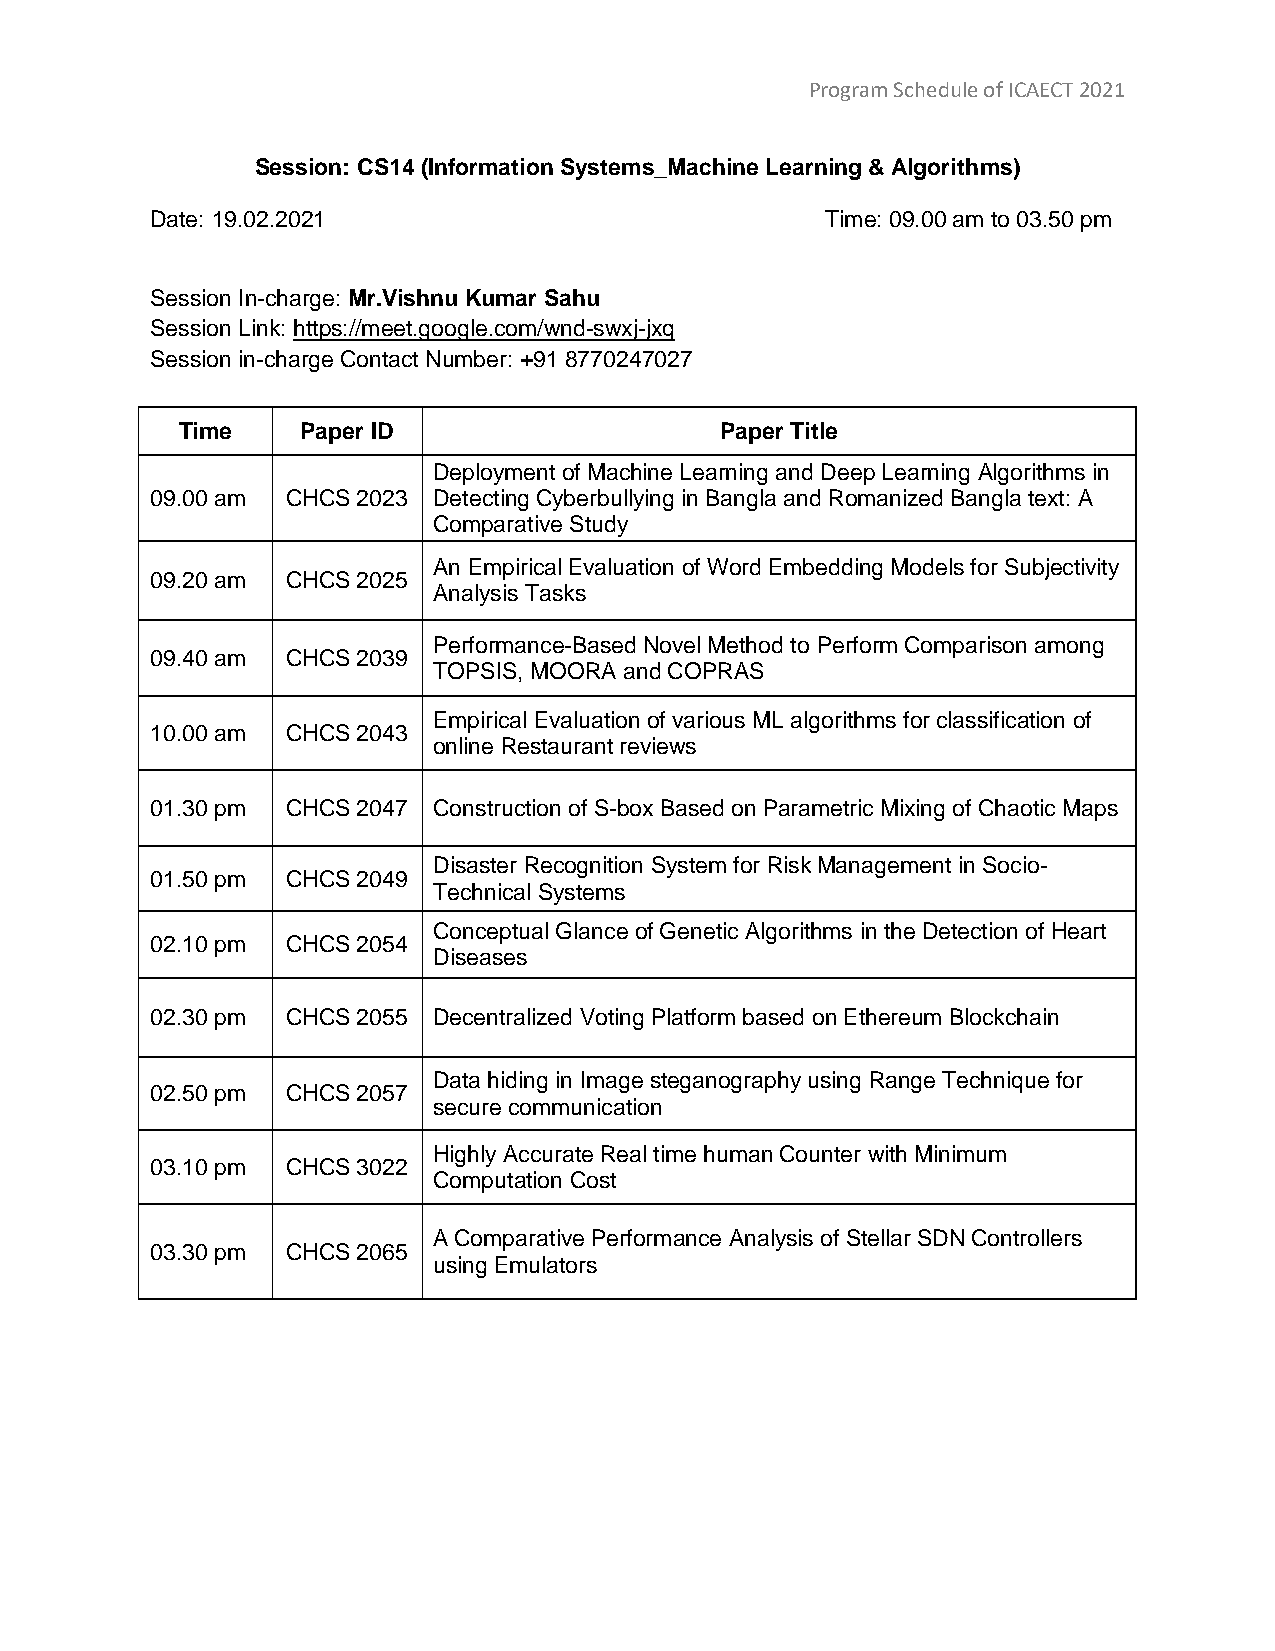
Program Schedule of ICAECT 2021
 Session: CS14 (Information Systems_Machine Learning & Algorithms)
 Date: 19.02.2021                             Time: 09.00 am to 03.50 pm
 Session In-charge: Mr.Vishnu Kumar Sahu
 Session Link: https://meet.google.com/wnd-swxj-jxq
 Session in-charge Contact Number: +91 8770247027
 Time    Paper ID                    Paper Title
 Deployment of Machine Learning and Deep Learning Algorithms in
 09.00 am CHCS 2023 Detecting Cyberbullying in Bangla and Romanized Bangla text: A
 Comparative Study
 An Empirical Evaluation of Word Embedding Models for Subjectivity
 09.20 am CHCS 2025
 Analysis Tasks
 Performance-Based Novel Method to Perform Comparison among
 09.40 am CHCS 2039
 TOPSIS, MOORA and COPRAS
 Empirical Evaluation of various ML algorithms for classification of
 10.00 am CHCS 2043
 online Restaurant reviews
 01.30 pm CHCS 2047 Construction of S-box Based on Parametric Mixing of Chaotic Maps
 Disaster Recognition System for Risk Management in Socio-
 01.50 pm CHCS 2049
 Technical Systems
 Conceptual Glance of Genetic Algorithms in the Detection of Heart
 02.10 pm CHCS 2054
 Diseases
 02.30 pm CHCS 2055 Decentralized Voting Platform based on Ethereum Blockchain
 Data hiding in Image steganography using Range Technique for
 02.50 pm CHCS 2057
 secure communication
 Highly Accurate Real time human Counter with Minimum
 03.10 pm CHCS 3022
 Computation Cost
 A Comparative Performance Analysis of Stellar SDN Controllers
 03.30 pm CHCS 2065
 using Emulators